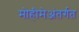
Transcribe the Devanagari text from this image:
मोहीमेअंतर्गत